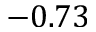
- 0 . 7 3